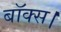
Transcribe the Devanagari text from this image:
बॉक्स।